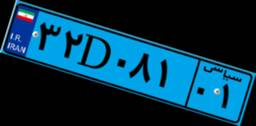
۳۲D۰۸۱۰۱